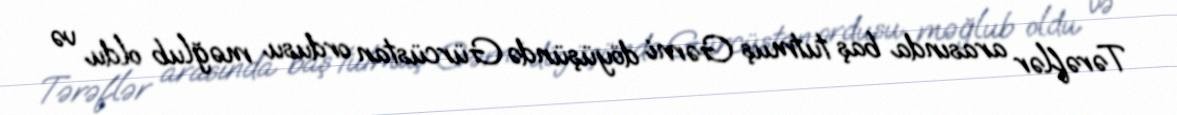
Tərəflər arasında baş tutmuş Gərni döyüşündə Gürcüstan ordusu məğlub oldu və